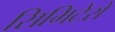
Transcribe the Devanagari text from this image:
सिमिटेरो